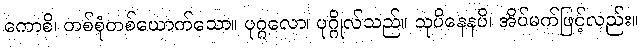
ကောစိ၊ တစ်စုံတစ်ယောက်သော။ ပုဂ္ဂလော၊ ပုဂ္ဂိုလ်သည်။ သုပိနေနပိ၊ အိပ်မက်ဖြင့်လည်း။